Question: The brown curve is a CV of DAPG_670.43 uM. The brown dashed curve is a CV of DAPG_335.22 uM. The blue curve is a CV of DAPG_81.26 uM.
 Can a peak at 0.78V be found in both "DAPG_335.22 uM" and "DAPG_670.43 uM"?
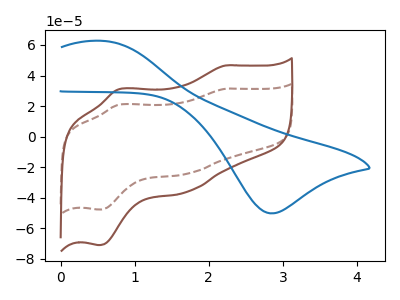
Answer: <think>The brown curve "DAPG_670.43 uM" has anodic peaks at (2.20V, 46.55uA) (0.80V, 30.85uA) and cathodic peaks at (1.70V, -36.20uA) (0.50V, -71.05uA). The brown dashed curve "DAPG_335.22 uM" has anodic peaks at (2.20V, 31.30uA) (0.80V, 20.75uA) and cathodic peaks at (1.70V, -24.35uA) (0.50V, -47.75uA). The blue curve "DAPG_81.26 uM" has an anodic peak at (0.55V, 62.70uA) and a cathodic peak at (2.85V, -50.25uA).</think>
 <answer>Yes, "DAPG_335.22 uM" and "DAPG_670.43 uM" share a peak at 0.78V.</answer>
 <eval>match</eval>